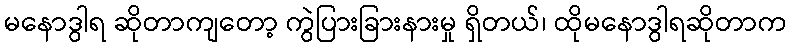
မနောဒွါရ ဆိုတာကျတော့ ကွဲပြားခြားနားမှု ရှိတယ်၊ ထိုမနောဒွါရဆိုတာက